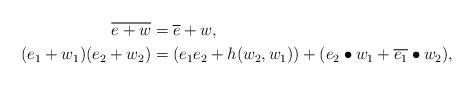
LaTeX: \begin{align*} \overline{e+w} &= \overline{e}+w, \\ (e_1+w_1)(e_2+w_2) &= (e_1e_2+h(w_2,w_1))+(e_2 \bullet w_1+\overline{e_1} \bullet w_2), \end{align*}